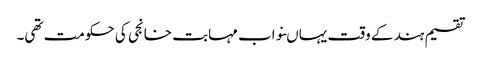
تقسیم ہند کے وقت یہاںنواب مہابت خانجی کی حکومت تھی۔